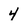
Character: 4